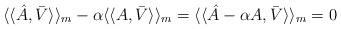
LaTeX: \begin{align*}\langle\langle \hat{A}, \bar{V} \rangle\rangle_{m} - \alpha \langle\langle A, \bar{V} \rangle\rangle_m=\langle\langle \hat{A}-\alpha A , \bar{V} \rangle\rangle_m=0\end{align*}